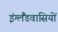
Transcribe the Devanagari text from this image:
इंग्लैंडवासियों